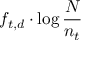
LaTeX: f _ { t , d } \cdot \log { \frac { N } { n _ { t } } }